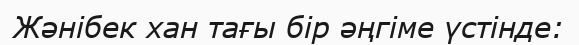
Жәнібек хан тағы бір әңгіме үстінде: